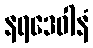
နရဒေဝါနံ